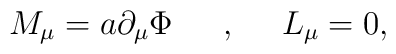
M_\mu = a \partial_\mu \Phi \,\,\,\,\,\,\,\,\, , \,\,\,\,\,\,\,\,L_\mu = 0 ,